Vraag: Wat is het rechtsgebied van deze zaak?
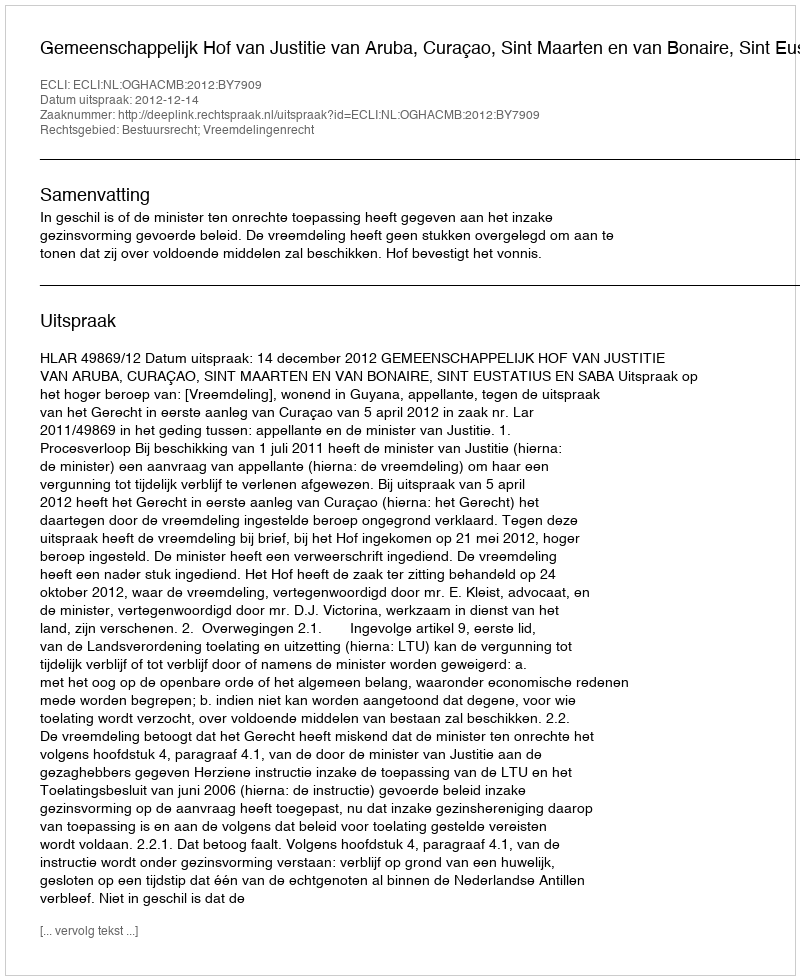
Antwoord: Bestuursrecht; Vreemdelingenrecht